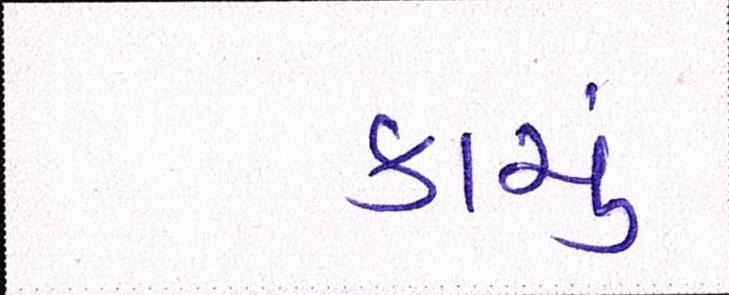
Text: કાચું